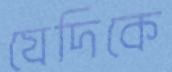
যেদিকে